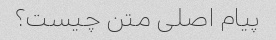
پیام اصلی متن چیست؟